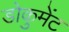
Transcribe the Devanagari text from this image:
डोकुमेंट